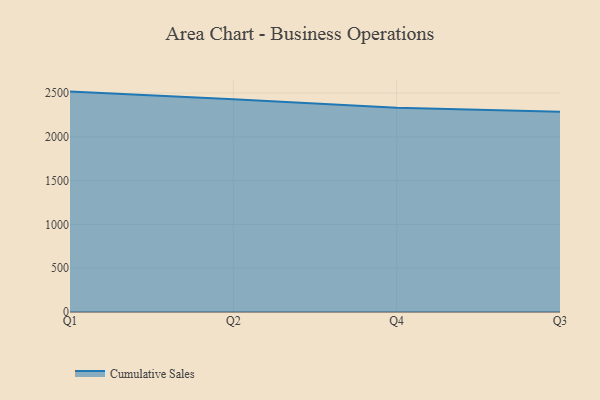
{"axis": {"x": "Quarter", "y": "Market Share (%)"}, "legend": ["Cumulative Sales"], "data": [{"x": "Q1", "y": 2516.1, "type": "Cumulative Sales"}, {"x": "Q2", "y": 2429.5, "type": "Cumulative Sales"}, {"x": "Q4", "y": 2331.9, "type": "Cumulative Sales"}, {"x": "Q3", "y": 2286.8, "type": "Cumulative Sales"}]}